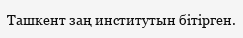
Ташкент заң институтын бітірген.